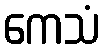
ကေသံ